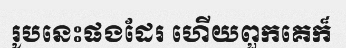
រូបនេះផងដែរ ហើយពួកគេក៏